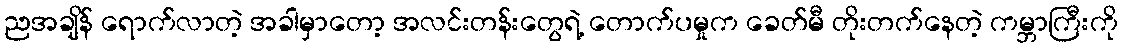
ညအချိန် ရောက်လာတဲ့ အခါမှာတော့ အလင်းတန်းတွေရဲ့ တောက်ပမှုက ခေတ်မီ တိုးတက်နေတဲ့ ကမ္ဘာကြီးကို